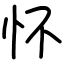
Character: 怀